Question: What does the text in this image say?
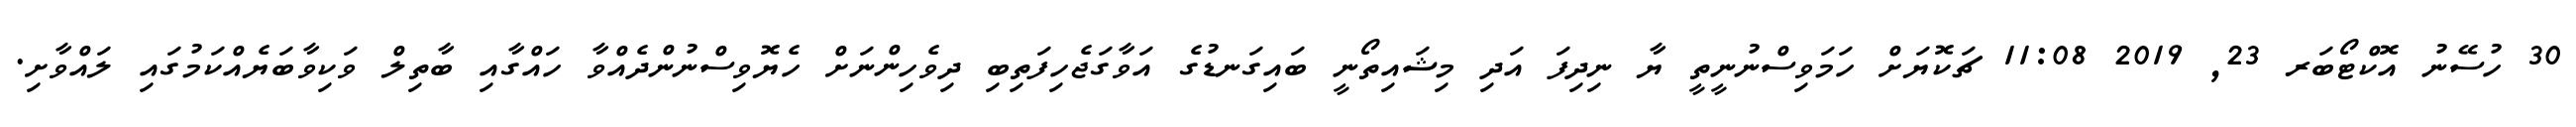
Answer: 30 ހުސޭނު އޮކްޓޯބަރ 23, 2019 11:08 ޗަކޮޔަށް ހަމަވިސްނުނީތީ ޔާ ނިދިފަ އަދި މިޝައިތޯނީ ބައިގަނޑުގެ އަވާގަޖެހިފަތިބި ދިވެހިންނަށް ހެޔޮވިސްނުންދެއްވާ ހައްގާއި ބާތިލް ވަކިވާބަޔެއްކަމުގައި ލައްވާށި.